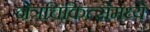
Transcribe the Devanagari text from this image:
नेत्रचिकित्सेमध्ये